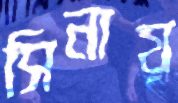
সিনায়